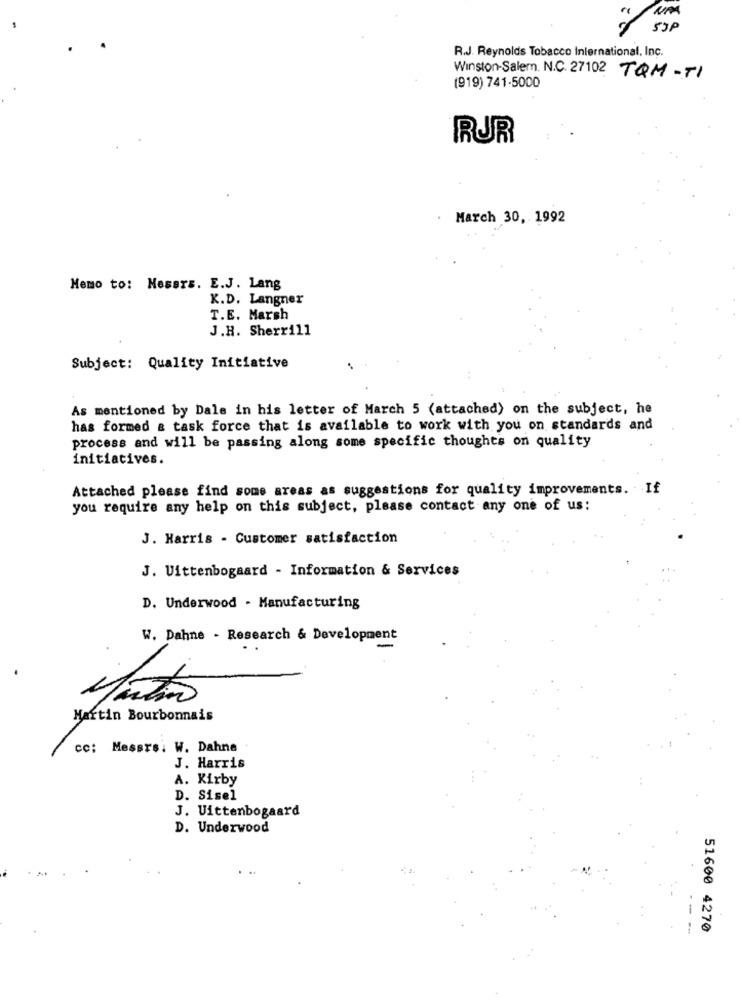
"/ SSP
R.J. Reynolds Tobacco International, Inc.
Winston-Salem. N.C. 27102 TQM-TI
(919) 741-5000
RUR
March 30, 1992
Memo to: Messrs. E.J. Lang
K.D. Langner
T.E. Marsh
J.H. Sherrill
Subject: Quality Initiative
As mentioned by Dale in his letter of March 5 (attached) on the subject, he
has formed & task force that is available to work with you on standards and
process and will be passing along some specific thoughts on quality
initiatives.
Attached please find some areas as suggestions for quality improvements. If
you require any help on this subject, please contact any one of us:
J. Harris - Customer satisfaction
J. Uittenbogaard - Information & Services
D. Underwood - Manufacturing
W. Dahne - Research & Development
.
Mão
Martin Bourbonnais
cc: Messrs: W. Dahne
J. Harris
A. Kirby
D. Sisel
J. Uittenbogaard
D. Underwood
- --
51600 4270